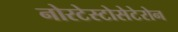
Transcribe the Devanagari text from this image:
नोरटेस्टोसेटेरोन